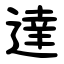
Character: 達